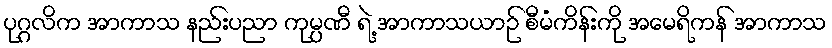
ပုဂ္ဂလိက အာကာသ နည်းပညာ ကုမ္ပဏီ ရဲ့ အာကာသယာဉ် စီမံကိန်းကို အမေရိကန် အာကာသ